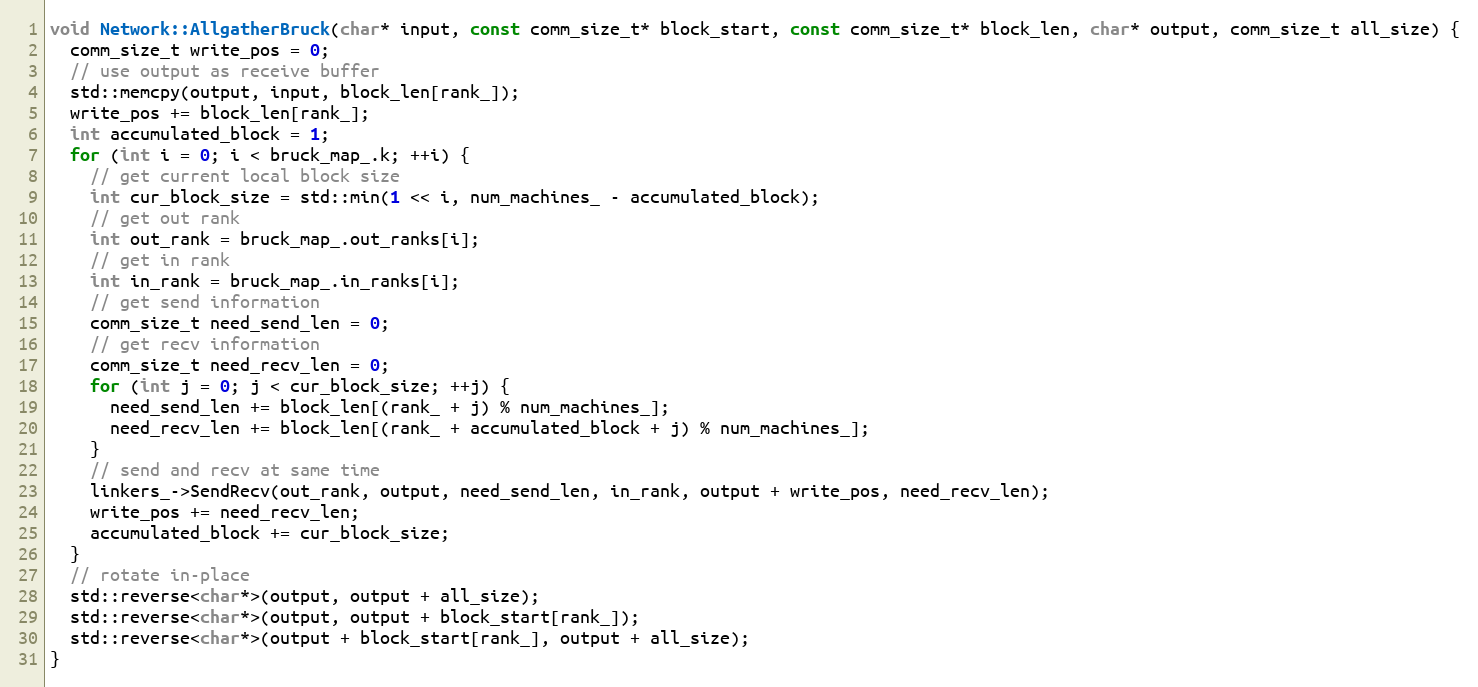
Language: C++
void Network::AllgatherBruck(char* input, const comm_size_t* block_start, const comm_size_t* block_len, char* output, comm_size_t all_size) {
  comm_size_t write_pos = 0;
  // use output as receive buffer
  std::memcpy(output, input, block_len[rank_]);
  write_pos += block_len[rank_];
  int accumulated_block = 1;
  for (int i = 0; i < bruck_map_.k; ++i) {
    // get current local block size
    int cur_block_size = std::min(1 << i, num_machines_ - accumulated_block);
    // get out rank
    int out_rank = bruck_map_.out_ranks[i];
    // get in rank
    int in_rank = bruck_map_.in_ranks[i];
    // get send information
    comm_size_t need_send_len = 0;
    // get recv information
    comm_size_t need_recv_len = 0;
    for (int j = 0; j < cur_block_size; ++j) {
      need_send_len += block_len[(rank_ + j) % num_machines_];
      need_recv_len += block_len[(rank_ + accumulated_block + j) % num_machines_];
    }
    // send and recv at same time
    linkers_->SendRecv(out_rank, output, need_send_len, in_rank, output + write_pos, need_recv_len);
    write_pos += need_recv_len;
    accumulated_block += cur_block_size;
  }
  // rotate in-place
  std::reverse<char*>(output, output + all_size);
  std::reverse<char*>(output, output + block_start[rank_]);
  std::reverse<char*>(output + block_start[rank_], output + all_size);
}